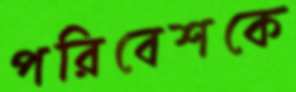
পরিবেশকে